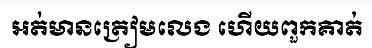
អត់មានត្រៀមលេង ហើយពួកគាត់